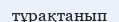
тұрақтанып